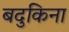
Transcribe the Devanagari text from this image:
बदुकिना